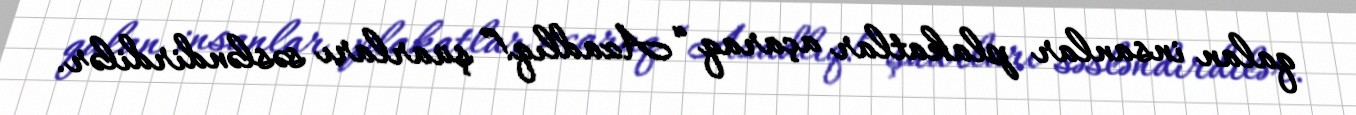
qalan insanlar plakatlar açaraq “Azadlıq!” şüarları səsləndirdilər.